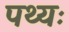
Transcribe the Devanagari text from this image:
पथ्यः